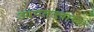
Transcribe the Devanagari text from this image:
आपतत्त्वाच्या